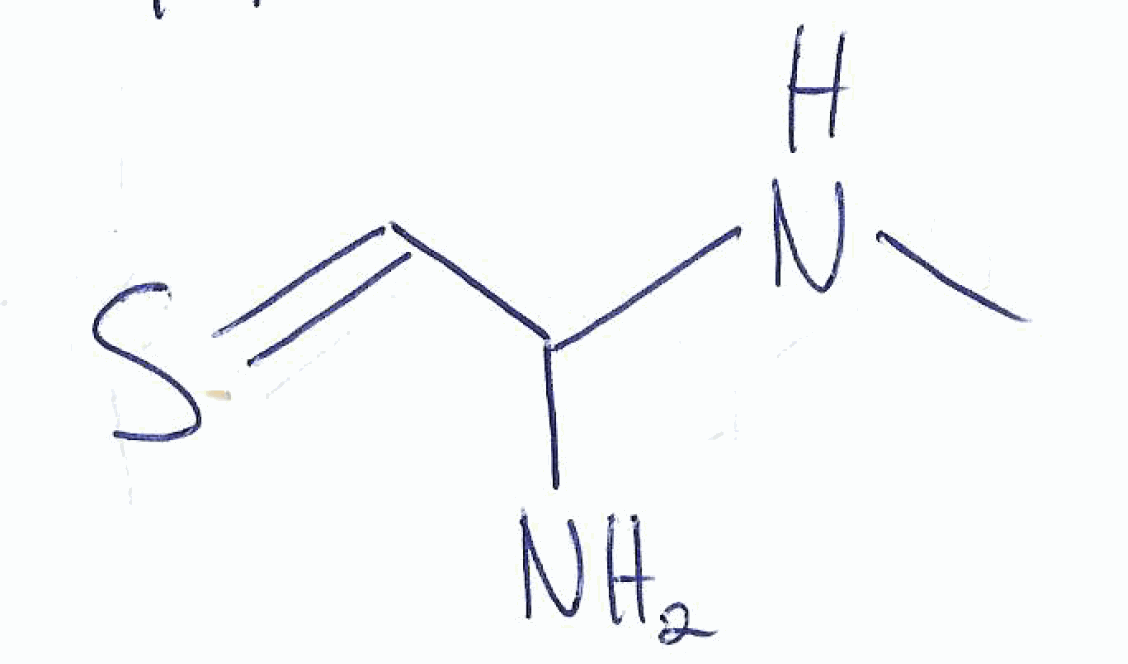
Simplified molecular-input line-entry system (SMILES) notation of the given molecule:
CNC(C=S)N